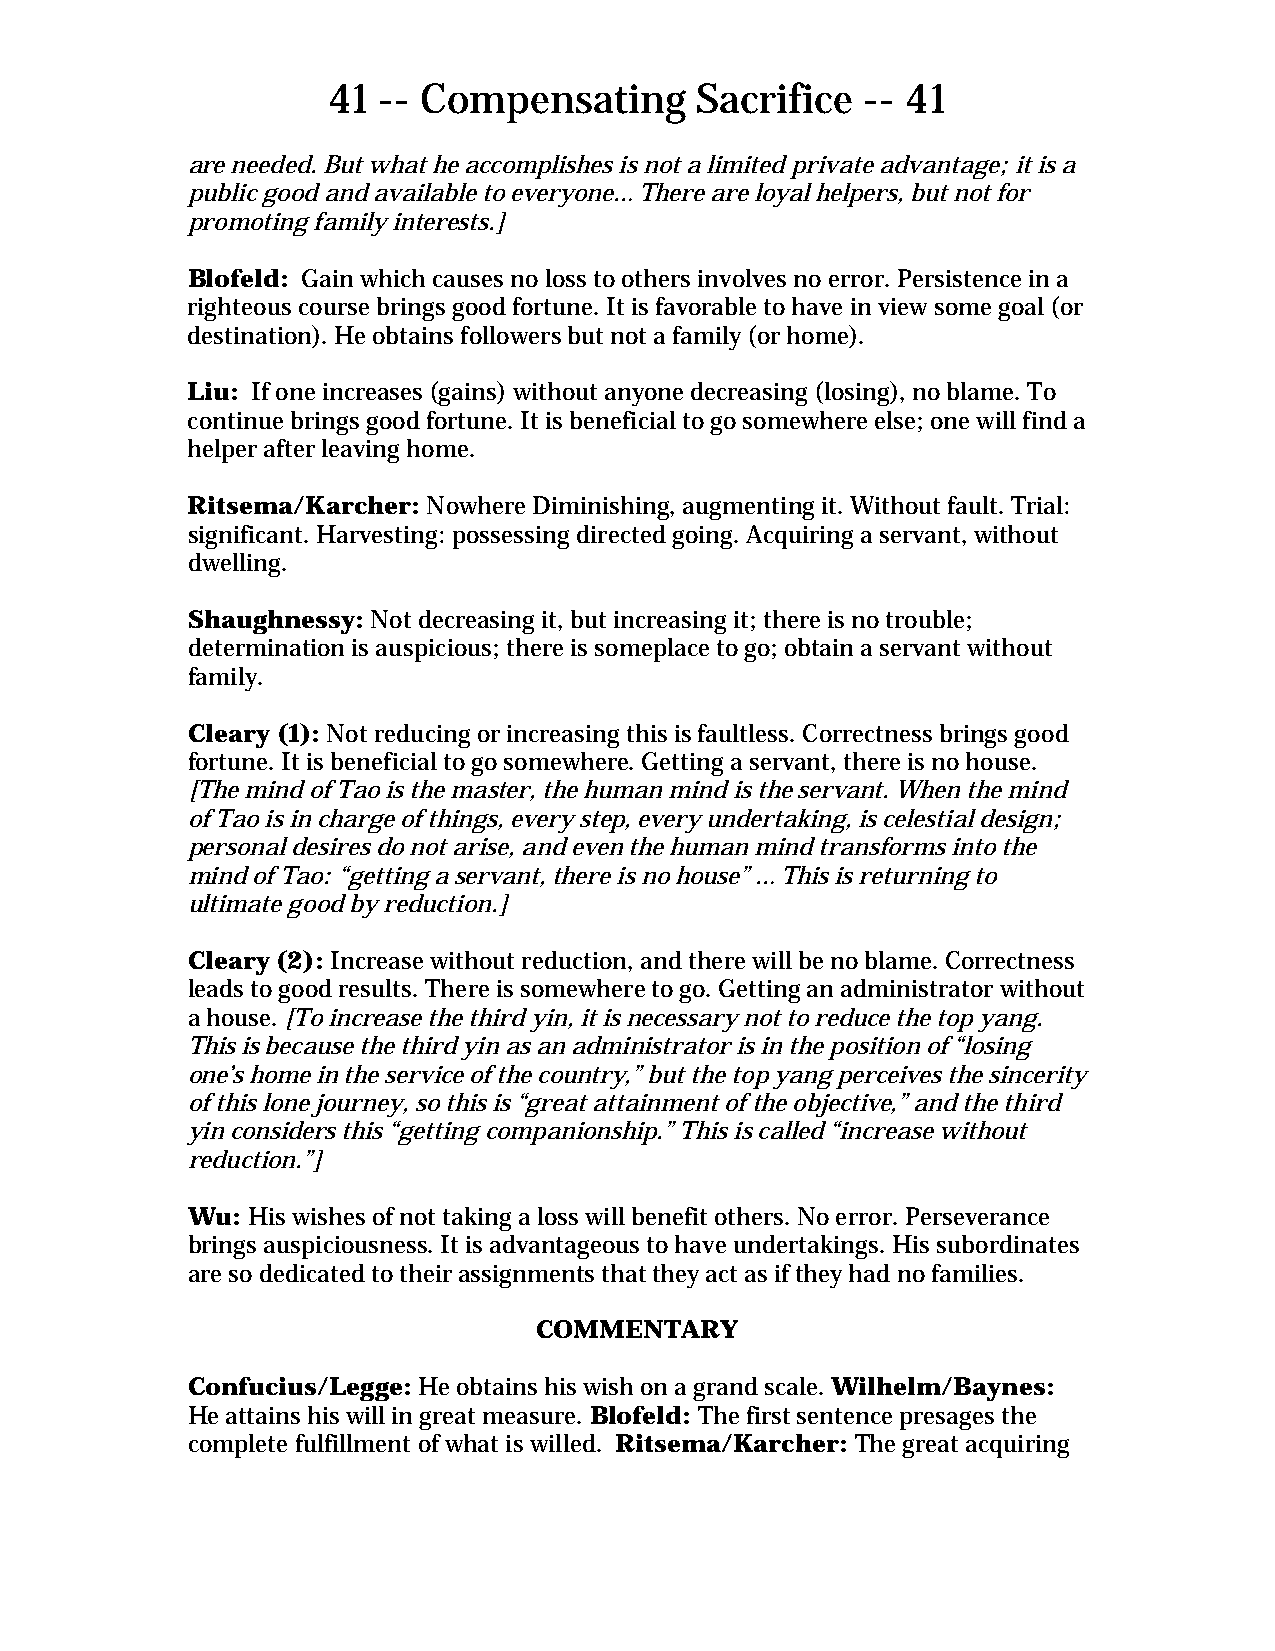
41 -- Compensating      Sacrifice  -- 41
 are needed. But what he accomplishes is not a limited private advantage; it is a
 public good and available to everyone… There are loyal helpers, but not for
 promoting family interests.]
 Blofeld: Gain which causes no loss to others involves no error. Persistence in a
 righteous course brings good fortune. It is favorable to have in view some goal (or
 destination). He obtains followers but not a family (or home).
 Liu: If one increases (gains) without anyone decreasing (losing), no blame. To
 continue brings good fortune. It is beneficial to go somewhere else; one will find a
 helper after leaving home.
 Ritsema/Karcher: Nowhere Diminishing, augmenting it. Without fault. Trial:
 significant. Harvesting: possessing directed going. Acquiring a servant, without
 dwelling.
 Shaughnessy: Not decreasing it, but increasing it; there is no trouble;
 determination is auspicious; there is someplace to go; obtain a servant without
 family.
 Cleary (1): Not reducing or increasing this is faultless. Correctness brings good
 fortune. It is beneficial to go somewhere. Getting a servant, there is no house.
 [The mind of Tao is the master, the human mind is the servant. When the mind
 of Tao is in charge of things, every step, every undertaking, is celestial design;
 personal desires do not arise, and even the human mind transforms into the
 mind of Tao: “getting a servant, there is no house” … This is returning to
 ultimate good by reduction.]
 Cleary (2): Increase without reduction, and there will be no blame. Correctness
 leads to good results. There is somewhere to go. Getting an administrator without
 a house. [To increase the third yin, it is necessary not to reduce the top yang.
 This is because the third yin as an administrator is in the position of “losing
 one’s home in the service of the country,” but the top yang perceives the sincerity
 of this lone journey, so this is “great attainment of the objective,” and the third
 yin considers this “getting companionship.” This is called “increase without
 reduction.”]
 Wu: His wishes of not taking a loss will benefit others. No error. Perseverance
 brings auspiciousness. It is advantageous to have undertakings. His subordinates
 are so dedicated to their assignments that they act as if they had no families.
 COMMENTARY
 Confucius/Legge: He obtains his wish on a grand scale. Wilhelm/Baynes:
 He attains his will in great measure. Blofeld: The first sentence presages the
 complete fulfillment of what is willed. Ritsema/Karcher: The great acquiring